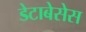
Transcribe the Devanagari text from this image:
डेटाबेसेस